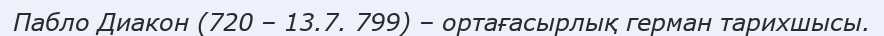
Пабло Диакон (720 – 13.7. 799) – ортағасырлық герман тарихшысы.